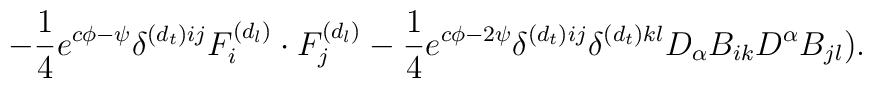
- \frac{1}{4} e^{c \phi - \psi} \delta^{(d_t) ij} F^{(d_l)}_i \cdot F^{(d_l)}_j - \frac{1}{4} e^{c \phi -2 \psi} \delta^{(d_t) ij} \delta^{(d_t) kl} D_{\alpha}B_{ik} D^{\alpha}B_{jl}) .